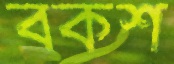
বকশ